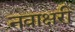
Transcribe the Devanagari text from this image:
नवाक्षरी